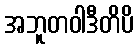
အဘူတဝါဒီတိပိ